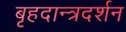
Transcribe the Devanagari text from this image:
बृहदान्त्रदर्शन